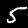
Label: 5